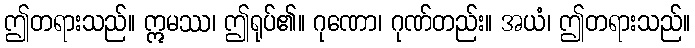
ဤတရားသည်။ ဣမဿ၊ ဤရုပ်၏။ ဂုဏော၊ ဂုဏ်တည်း။ အယံ၊ ဤတရားသည်။